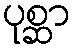
ပုစ္ဆာ